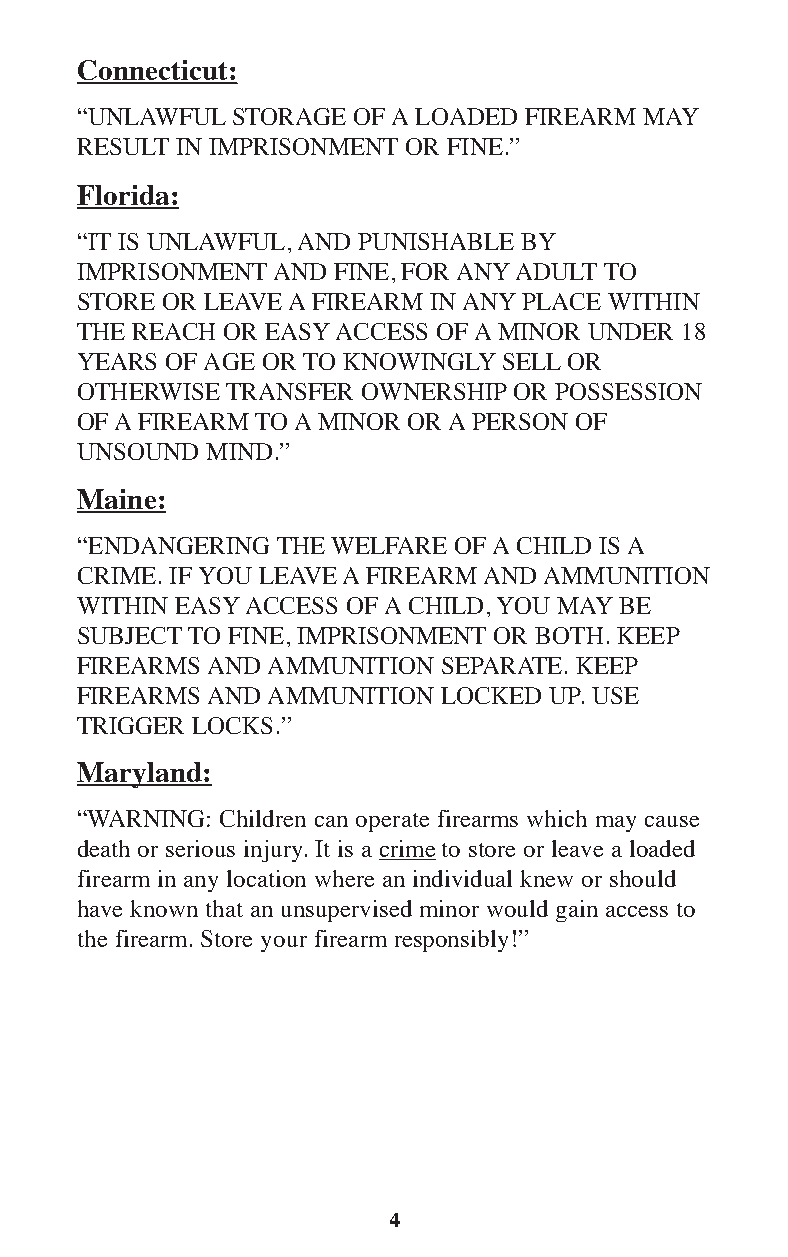
Connecticut:
 “UNLAWFUL STORAGE OF A LOADED FIREARM MAY
 RESULT IN IMPRISONMENT OR FINE.”
 Florida:
 “IT IS UNLAWFUL, AND PUNISHABLE BY
 IMPRISONMENT AND FINE, FOR ANY ADULT TO
 STORE OR LEAVE A FIREARM IN ANY PLACE WITHIN
 THE REACH OR EASY ACCESS OF A MINOR UNDER 18
 YEARS OF AGE OR TO KNOWINGLY SELL OR
 OTHERWISE TRANSFER OWNERSHIP OR POSSESSION
 OF A FIREARM TO A MINOR OR A PERSON OF
 UNSOUND  MIND.”
 Maine:
 “ENDANGERING THE WELFARE OF A CHILD IS A
 CRIME. IF YOU LEAVE A FIREARM AND AMMUNITION
 WITHIN EASY ACCESS OF A CHILD, YOU MAY BE
 SUBJECT TO FINE, IMPRISONMENT OR BOTH. KEEP
 FIREARMS AND AMMUNITION SEPARATE. KEEP
 FIREARMS AND AMMUNITION LOCKED UP. USE
 TRIGGER LOCKS.”
 Maryland:
 “WARNING: Children can operate firearms which may cause
 death or serious injury. It is a crime to store or leave a loaded
 firearm in any location where an individual knew or should
 have known that an unsupervised minor would gain access to
 the firearm. Store your firearm responsibly!”
 4